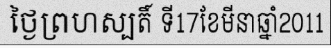
ថ្ងៃព្រហស្បតិ៍ ទី17ខែមីនាឆ្នាំ2011